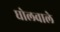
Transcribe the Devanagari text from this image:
घोलवाले